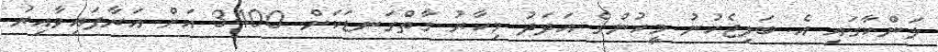
ލަންކާގައި އެ ބަލިޖެހުނު މީހުންގެ އަދަދު މިހާރު ގާތްގަނޑަކަށް 3400 އަށް އަރާފައިވާއިރު